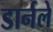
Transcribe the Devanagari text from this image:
डार्नले